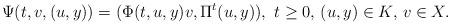
LaTeX: \begin{align*}\Psi(t,v,(u,y))=(\Phi(t,u,y)v,\Pi^t(u,y)),\,\,t\geq 0,\,(u,y)\in K,\, v\in X.\end{align*}